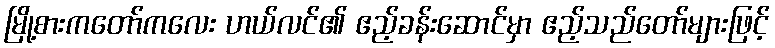
မြို့စားကတော်ကလေး ဟယ်လင်၏ ဧည့်ခန်းဆောင်မှာ ဧည့်သည်တော်များဖြင့်